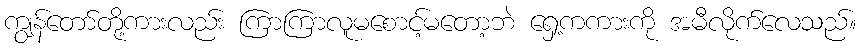
ကျွန်တော်တို့ကားလည်း ကြာကြာလူမစောင့်မတော့ဘဲ ရှေ့ကကားကို အမီလိုက်လေသည်။